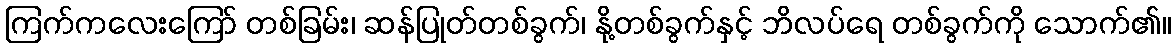
ကြက်ကလေးကြော် တစ်ခြမ်း၊ ဆန်ပြုတ်တစ်ခွက်၊ နို့တစ်ခွက်နှင့် ဘိလပ်ရေ တစ်ခွက်ကို သောက်၏။